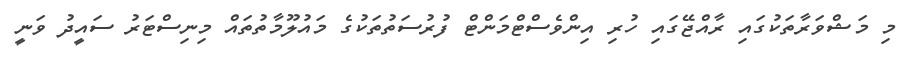
މި މަޝްވަރާތަކުގައި ރާއްޖޭގައި ހުރި އިންވެސްޓްމަންޓް ފުރުސަތުތަކުގެ މައުލޫމާތުތައް މިނިސްޓަރު ސައީދު ވަނީ